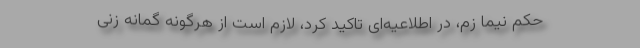
حکم نیما زم، در اطلاعیه‌ای تاکید کرد، لازم است از هرگونه گمانه زنی